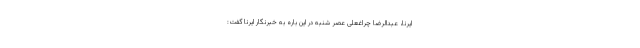
ایرنا، عبدالرضا چراغعلی عصر شنبه در این باره به خبرنگار ایرنا گفت: